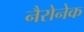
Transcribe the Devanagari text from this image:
नैरोनेक